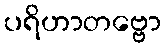
ပရိဟာတဗ္ဗော